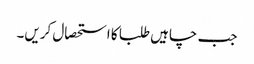
جب چاہیں طلبا کا استحصال کریں۔